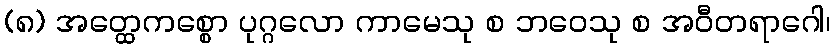
(၈) အတ္ထေကစ္စော ပုဂ္ဂလော ကာမေသု စ ဘဝေသု စ အဝီတရာဂေါ၊